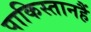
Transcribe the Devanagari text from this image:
पाकिस्तानहैं